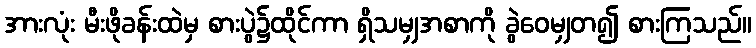
အားလုံး မီးဖိုခန်းထဲမှ စားပွဲ၌ထိုင်ကာ ရှိသမျှအစာကို ခွဲဝေမျှတ၍ စားကြသည်။